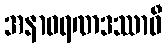
အနာဝရဏဒဿာဝီ